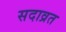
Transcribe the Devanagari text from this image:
सदाव्रत